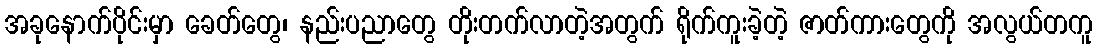
အခုနောက်ပိုင်းမှာ ခေတ်တွေ၊ နည်းပညာတွေ တိုးတက်လာတဲ့အတွက် ရိုက်ကူးခဲ့တဲ့ ဇာတ်ကားတွေကို အလွယ်တကူ